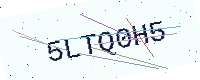
Text: 5LTQ0H5